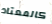
كالمعتاد